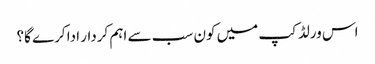
اس ورلڈکپ میں کون سب سے اہم کردار ادا کرے گا؟